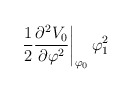
\begin{align*}\left.\frac{1}{2}\frac{\partial^2 V_0 }{\partial \varphi^2}\right|_{\varphi_0}\varphi_1^2\end{align*}